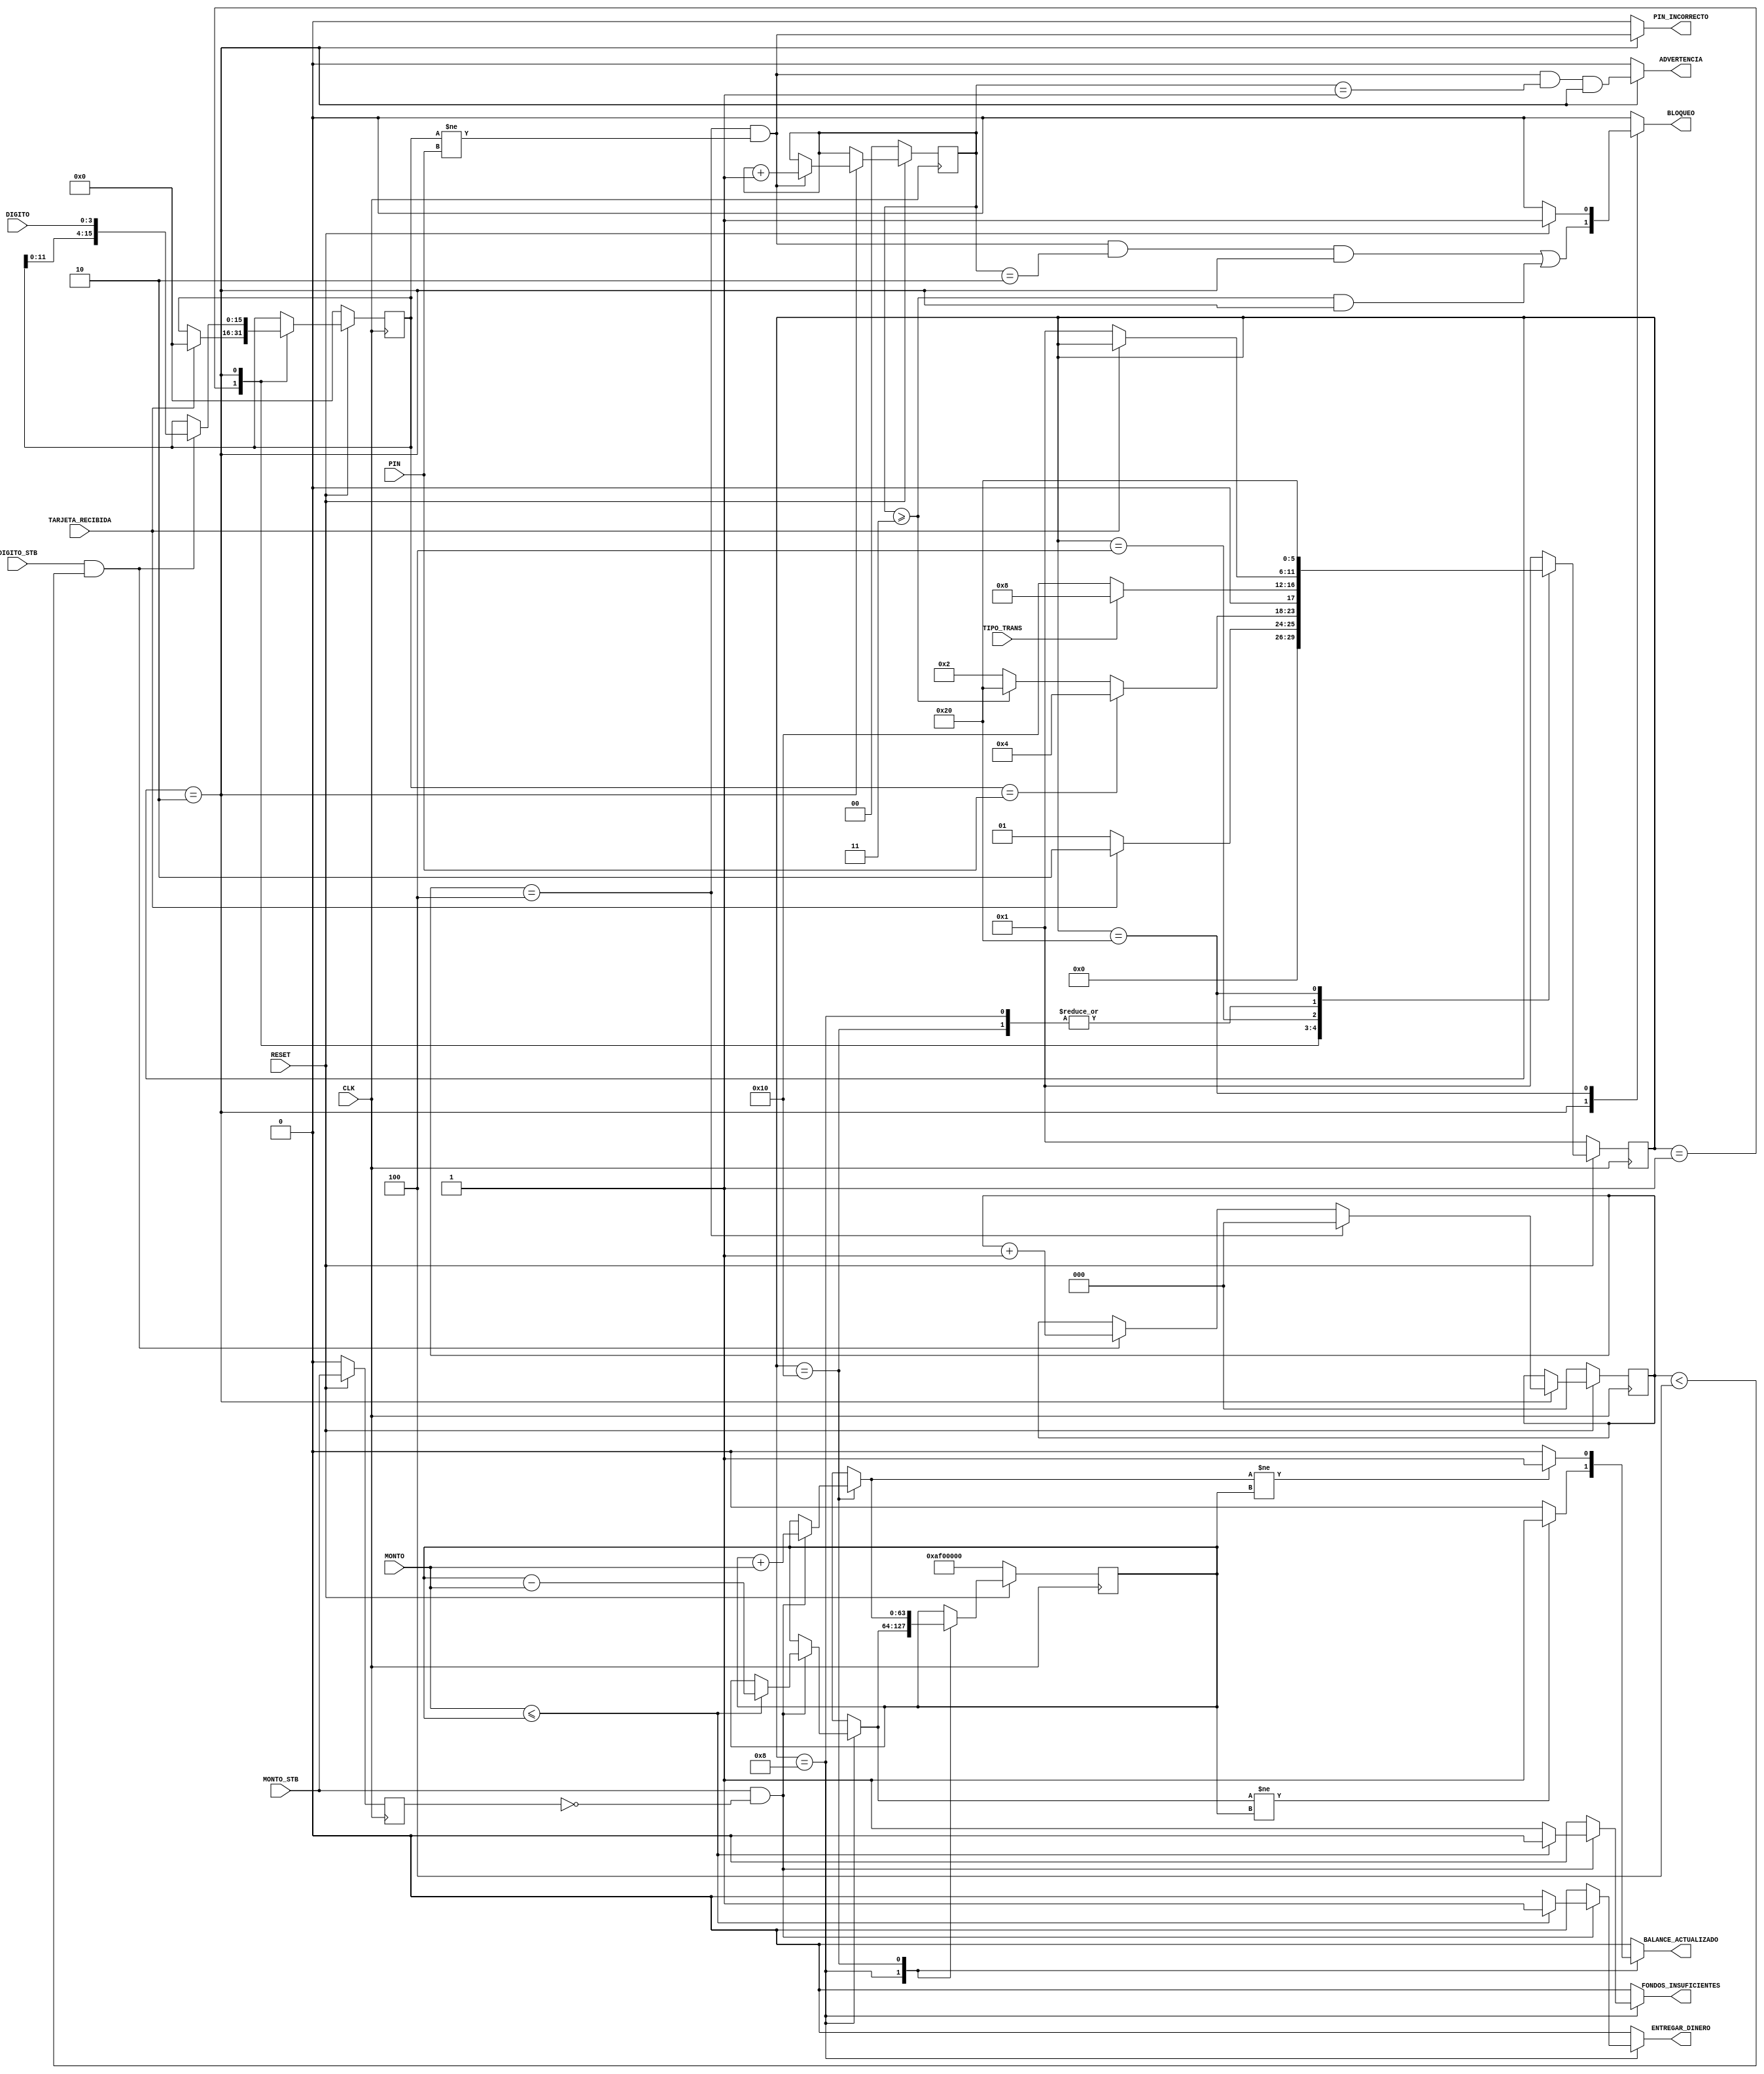
/*

    Archivo: pruebas.v
    Autor: Oscar Porras Silesky C16042
    Fecha: 18 de mayo de 2024

    Descripcin: Archivo que contiene el mdulo ATMController, el cual se encarga de simular el funcionamiento
    de un cajero automtico, el cual recibe una tarjeta, un pin y una transaccin
    (retiro o depsito) y se encarga
    de realizar la transaccin correspondiente. Si el pin es incorrecto, se
    permite un mximo de 3 intentos, luego de los cuales se bloquea la tarjeta.
    Se puede realizar un retiro de dinero, en cuyo caso se verifica que el monto
    a retirar no sea mayor al balance actual. Si el monto a retirar es mayor al
    balance, se activa la seal de FONDOS_INSUFICIENTES. Si el monto a retirar
    es menor o igual al balance, se resta el monto al balance y se activa la seal
    de ENTREGAR_DINERO. Tambin se puede realizar un depsito de dinero, en cuyo
    caso se suma el monto al balance y se activa la seal de ENTREGAR_DINERO.

*/


module ATMController (
    input wire CLK,
    input wire RESET,
    input wire TARJETA_RECIBIDA,
    input wire [15:0] PIN,
    input wire [3:0] DIGITO,
    input wire DIGITO_STB,
    input wire TIPO_TRANS,
    input wire [31:0] MONTO,
    input wire MONTO_STB,
    output reg BALANCE_ACTUALIZADO,
    output reg ENTREGAR_DINERO,
    output reg FONDOS_INSUFICIENTES,
    output reg PIN_INCORRECTO,
    output reg ADVERTENCIA,
    output reg BLOQUEO
);
//Declaracin de variables intermedias
reg [5:0] state, next_state;
reg [63:0] balance, next_balance;
reg m_stb_previous, next_m_stb_previous;
//Necesarios para el PIN
reg [15:0] pin_entered, next_pin_entered;
reg [2:0] pin_digits, next_pin_digits;
reg [1:0] pin_attempts, next_pin_attempts;

//Numero del estado 
parameter IDLE = 6'b000001; //Estado inicial, eperando tarjeta 
parameter VERIFY_PIN = 6'b000010; //Estado esperando pin correcto
parameter PROCESS_TRANSACTION = 6'b000100; //Esperando tipo de transaccion
parameter WITHDRAWAL = 6'b001000; //Tipo de transaccion retiro, esperando monto
parameter DEPOSIT = 6'b010000; //Tipo de transaccion deposito
parameter BLOCKED = 6'b100000; //Bloqueo, estado de bloqueo por 3 intentos fallidos

//Indicaciones del pin
always @(posedge CLK) begin
    if (RESET == 1'b0) begin
        state <= IDLE; 
        balance <= 32'h0AF0_0000;
        m_stb_previous <= 0;
        pin_attempts <= 0;
        pin_entered <= 0;
        pin_digits <= 0;
    end else begin
        state <= next_state;
        balance <= next_balance;
        m_stb_previous <= next_m_stb_previous;
        pin_attempts <= next_pin_attempts;
        pin_entered <= next_pin_entered;
        pin_digits <= next_pin_digits;

    end
end

always @(*) begin
    //Flip-Flops
    next_state = state;
    next_balance = balance;
    next_m_stb_previous = MONTO_STB;
    next_pin_attempts = pin_attempts;
    next_pin_entered = pin_entered;
    next_pin_digits = pin_digits;
    
    //Necesario inicializar las salidas
    BALANCE_ACTUALIZADO = 0;
    ENTREGAR_DINERO = 0;
    FONDOS_INSUFICIENTES = 0;
    PIN_INCORRECTO = 0;
    ADVERTENCIA = 0;
    BLOQUEO = 0;

    //Se empieza con la descripcion de la maquina de estados
    case (state)
        //Primer estado, valor binario 6'b000001
        // Este estado se encarga de esperar a que se inserte la tarjeta
        // si se inserta la tarjeta se va a VERIFY_PIN
        IDLE: begin
            if (TARJETA_RECIBIDA == 1) begin
                next_state = VERIFY_PIN;
                next_pin_entered = 0;
            end else begin
                next_state = IDLE;
            end
        end
        //Segundo estado, valor binario 6'b000010
        // Este estado se encarga de verificar el pin ingresado por el usuario
        // si el pin es correcto se va a PROCESS_TRANSACTION, si el pin es incorrecto
        // se aumenta el contador de intentos y se va a BLOCKED si se ingresan 3 intentos
        VERIFY_PIN: begin
            if (DIGITO_STB && pin_digits < 4) begin
                next_pin_entered = {pin_entered[11:0], DIGITO};
                next_pin_digits = pin_digits + 1;
            end
            if (pin_digits == 4) begin
                next_pin_digits = 0;
            end
            if (pin_digits == 4 && pin_entered != PIN) begin
                next_pin_attempts = pin_attempts + 1;
            end
            PIN_INCORRECTO = (pin_digits == 4 && pin_entered != PIN);
            ADVERTENCIA = PIN_INCORRECTO && (pin_attempts == 1) && (state == VERIFY_PIN);
            BLOQUEO = PIN_INCORRECTO && (pin_attempts == 2) && (state == VERIFY_PIN) || (pin_attempts >= 3) && (state == VERIFY_PIN);
            
            if (pin_entered == PIN) begin
                next_state = PROCESS_TRANSACTION;
            end else if (pin_attempts >= 3) begin
                next_state = BLOCKED;
            end else begin
                next_state = VERIFY_PIN;
            end
        end
        //Tercer estado, valor binario 6'b000100
        //Se espera PROCESS_TRANSACTION para hacer la transaccion
        // si es retiro se va a WITHDRAWAL, si es deposito se va a DEPOSIT
        PROCESS_TRANSACTION: begin
            if (TIPO_TRANS == 1) begin
                next_state = WITHDRAWAL;
            end else begin
                next_state = DEPOSIT;
            end
        end
        //Cuarto estado, 6'b001000
        // Este estado se encarga de hacer la transaccion de retiro, si el monto es mayor al balance
        // se prende la seal de FONDOS_INSUFICIENTES, si el monto es menor o igual al balance
        // se resta el monto al balance y se prende la seal de ENTREGAR_DINERO
        WITHDRAWAL: begin
            if (MONTO_STB == 1 && m_stb_previous == 0) begin
                if (MONTO <= balance) begin
                    next_balance = balance - MONTO;
                    ENTREGAR_DINERO = 1; 
                end else begin
                    FONDOS_INSUFICIENTES = 1;  
                end
            end
            if (next_balance != balance) begin
                BALANCE_ACTUALIZADO = 1;
            end
            if (TARJETA_RECIBIDA == 0) begin
                next_state = IDLE;
            end 
        end
        //Quinto estado, 6'b010000
        // Este estado se encarga de hacer la transaccion de deposito, si el monto es mayor a 0
        // se suma el monto al balance y se prende la seal de ENTREGAR_DINERO
        DEPOSIT: begin
            if (MONTO_STB == 1 && m_stb_previous == 0) begin
                next_balance = balance + MONTO;
            end
            if (next_balance != balance) begin
                BALANCE_ACTUALIZADO = 1;
            end 
            if (TARJETA_RECIBIDA == 0) begin
                next_state = IDLE;
            end 
        end
        //Sexto estado, 6'b100000
        // Este estado se encarga de bloquear la tarjeta si se ingresan 3 intentos fallidos
        BLOCKED: begin
            if (RESET == 0) begin
                next_state = IDLE;
            end else begin
                BLOQUEO = 1;
                next_state = BLOCKED;
            end
        end

        // Se hace un case default para el estado IDLE
        // en caso de que no se cumpla ninguna de las condiciones anteriores
        default: begin
            next_state = IDLE;
        end
    endcase
end
endmodule